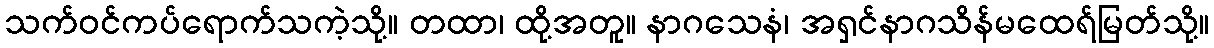
သက်ဝင်ကပ်ရောက်သကဲ့သို့။ တထာ၊ ထို့အတူ။ နာဂသေနံ၊ အရှင်နာဂသိန်မထေရ်မြတ်သို့။